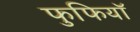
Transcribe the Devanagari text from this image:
फुफियाॅ